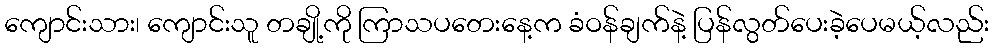
ကျောင်းသား၊ ကျောင်းသူ တချို့ကို ကြာသပတေးနေ့က ခံဝန်ချက်နဲ့ ပြန်လွတ်ပေးခဲ့ပေမယ့်လည်း